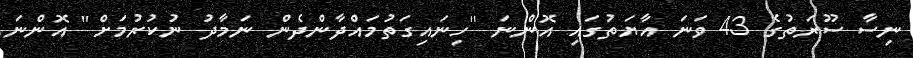
ނިސާ ސޫރަތުގެ 43 ވަނަ އާޔަތުގައި އޮންނަ ''ހިނައިގަތުމައްދާންދެން ނަމާދު ނުކުރުމަށް'' އޮންނަ